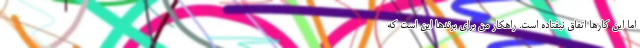
اما این کارها اتفاق نیفتاده است. راهکار من برای برندها این است که